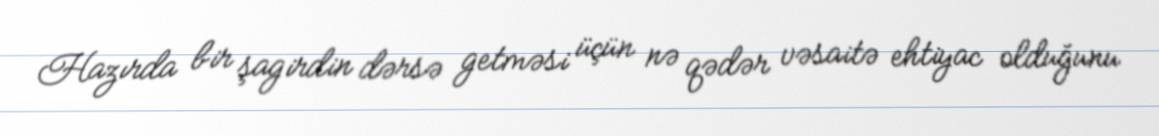
Hazırda bir şagirdin dərsə getməsi üçün nə qədər vəsaitə ehtiyac olduğunu